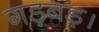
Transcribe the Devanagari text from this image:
गड़बड़।